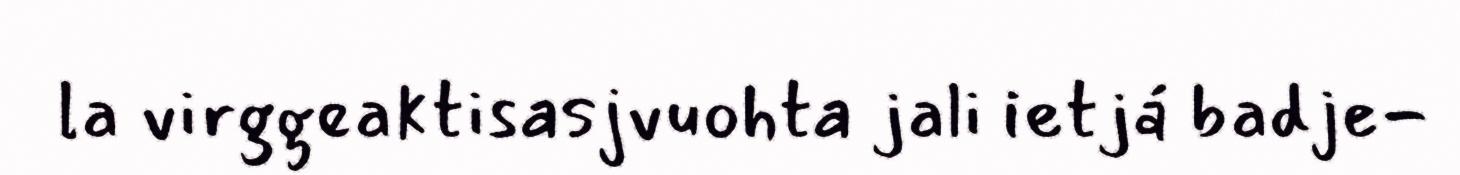
la virggeaktisasjvuohta jali ietjá badje-